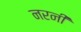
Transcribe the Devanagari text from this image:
नरनी